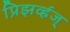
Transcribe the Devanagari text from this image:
प्रिझर्व्हज्